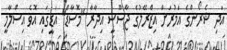
އަދި ޝެރޯންގެ އަމުރަށް އިޒްރޭލުގެ ޖާސޫސީ އިދާރާ "މޮސާޑް" އަޑީގައި އޮވެ އިސްލާމީ